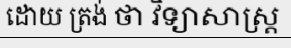
ដោយ ត្រង់ ថា វិទ្យាសាស្ត្រ